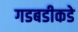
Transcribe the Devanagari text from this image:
गडबडीकडे